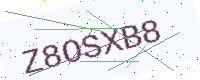
Text: Z8OSXB8